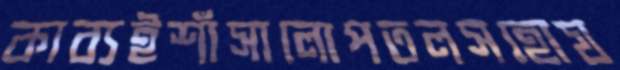
কাব্যইশাঁসালোপতলসহোয